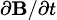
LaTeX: \scriptstyle\partial\mathbf{B}/\partial t